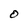
Character: 0